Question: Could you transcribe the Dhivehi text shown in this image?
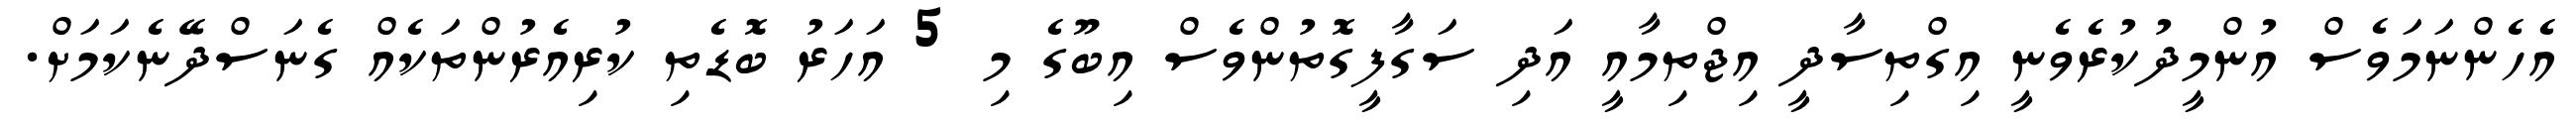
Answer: އެހެންނަމަވެސް އުންމީދުކުރެވެނީ އިގްތިސާދީ އިޖްތިމާއީ އަދި ސަގާފީގޮތުންވެސް އިބޫގެ މި 5 އަހަރު ބޮޑެތި ކުރިއެރުންތަކެއް ގެނަސްދޭނެކަމަށް.